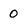
Character: 0